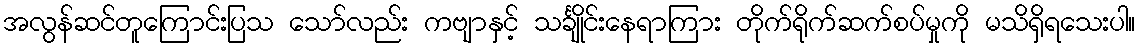
အလွန်ဆင်တူကြောင်းပြသ သော်လည်း ကဗျာနှင့် သင်္ချိုင်းနေရာကြား တိုက်ရိုက်ဆက်စပ်မှုကို မသိရှိရသေးပါ။